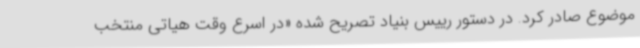
موضوع صادر کرد. در دستور رییس بنیاد تصریح شده «در اسرع وقت هیاتی منتخب